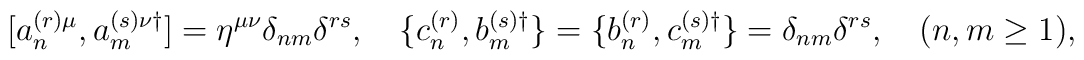
[a^{(r)\mu}_n, a^{(s)\nu\dagger}_m]=\eta^{\mu\nu}\delta_{nm}\delta^{rs},\quad\{c^{(r)}_n,b^{(s)\dagger}_m\} = \{b^{(r)}_n,c^{(s)\dagger}_m\}=\delta_{nm}\delta^{rs} ,\quad (n,m\ge 1) ,